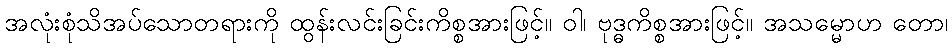
အလုံးစုံသိအပ်သောတရားကို ထွန်းလင်းခြင်းကိစ္စအားဖြင့်။ ဝါ၊ ဗုဒ္ဓကိစ္စအားဖြင့်။ အသမ္မောဟ တော၊